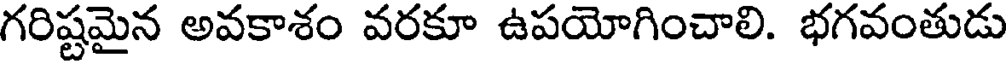
గరిష్టమైన అవకాశం వరకూ ఉపయోగించాలి. భగవంతుడు